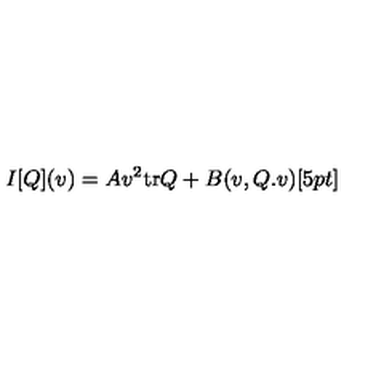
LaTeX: I [ Q ] ( v ) = A v ^ { 2 } \mathrm { t r } Q + B ( v , Q . v ) [ 5 p t ]